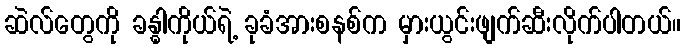
ဆဲလ်တွေကို ခန္ဓါကိုယ်ရဲ့ ခုခံအားစနစ်က မှားယွင်းဖျက်ဆီးလိုက်ပါတယ်။